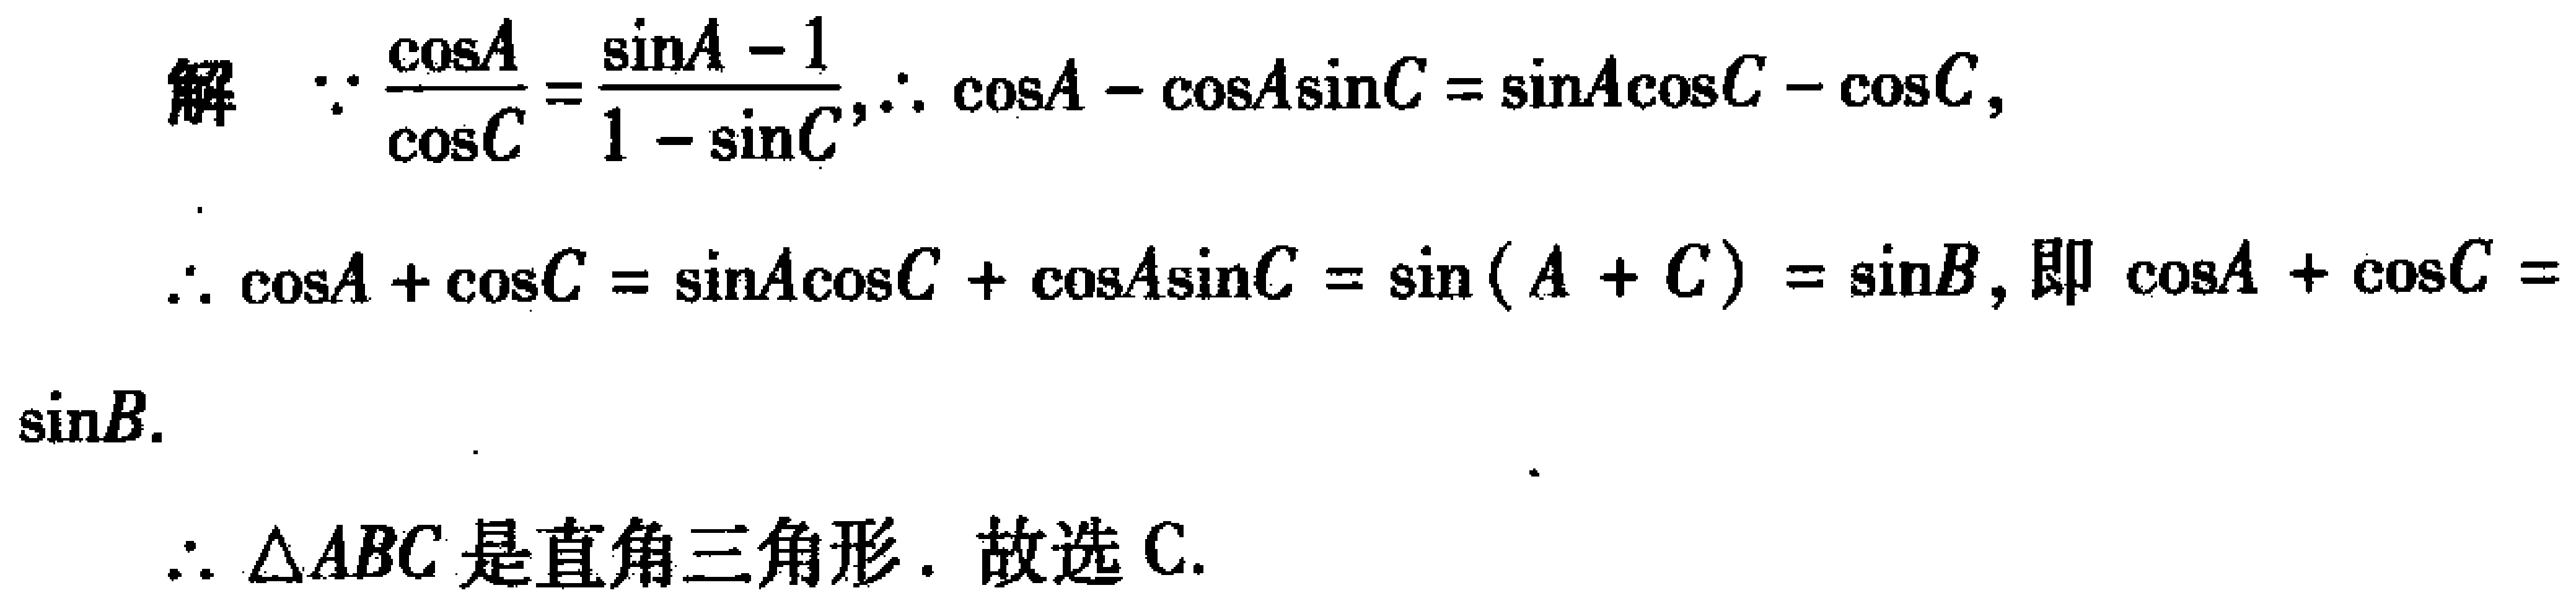
解 $\because \frac{\cos A}{\cos C}=\frac{\sin A - 1}{1 - \sin C},\therefore \cos A - \cos A\sin C = \sin A\cos C - \cos C,$
$\therefore \cos A + \cos C = \sin A\cos C + \cos A\sin C = \sin(A + C) = \sin B$, 即 $\cos A + \cos C = \sin B.$
$\therefore \triangle ABC$ 是直角三角形. 故选 C.